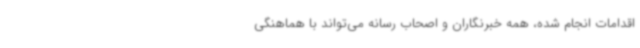
اقدامات انجام شده، همه خبرنگاران و اصحاب رسانه می‌تواند با هماهنگی